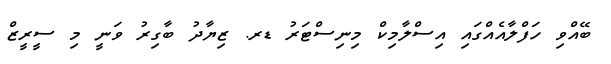
ބޭއްވި ހަފްލާއެއްގައި އިސްލާމިކް މިނިސްޓަރު ޑރ. ޒިޔާދު ބާގިރު ވަނީ މި ސީރީޒް